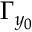
\Gamma _ { y _ { 0 } }